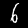
Label: 6